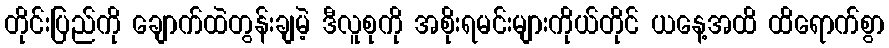
တိုင်းပြည်ကို ချောက်ထဲတွန်းချမဲ့ ဒီလူစုကို အစိုးရမင်းများကိုယ်တိုင် ယနေ့အထိ ထိရောက်စွာ